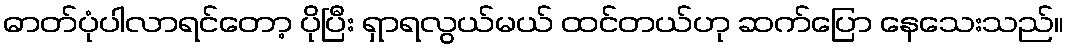
ဓာတ်ပုံပါလာရင်တော့ ပိုပြီး ရှာရလွယ်မယ် ထင်တယ်ဟု ဆက်ပြော နေသေးသည်။